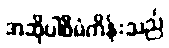
အဆိုပါစီမံကိန်းသည်